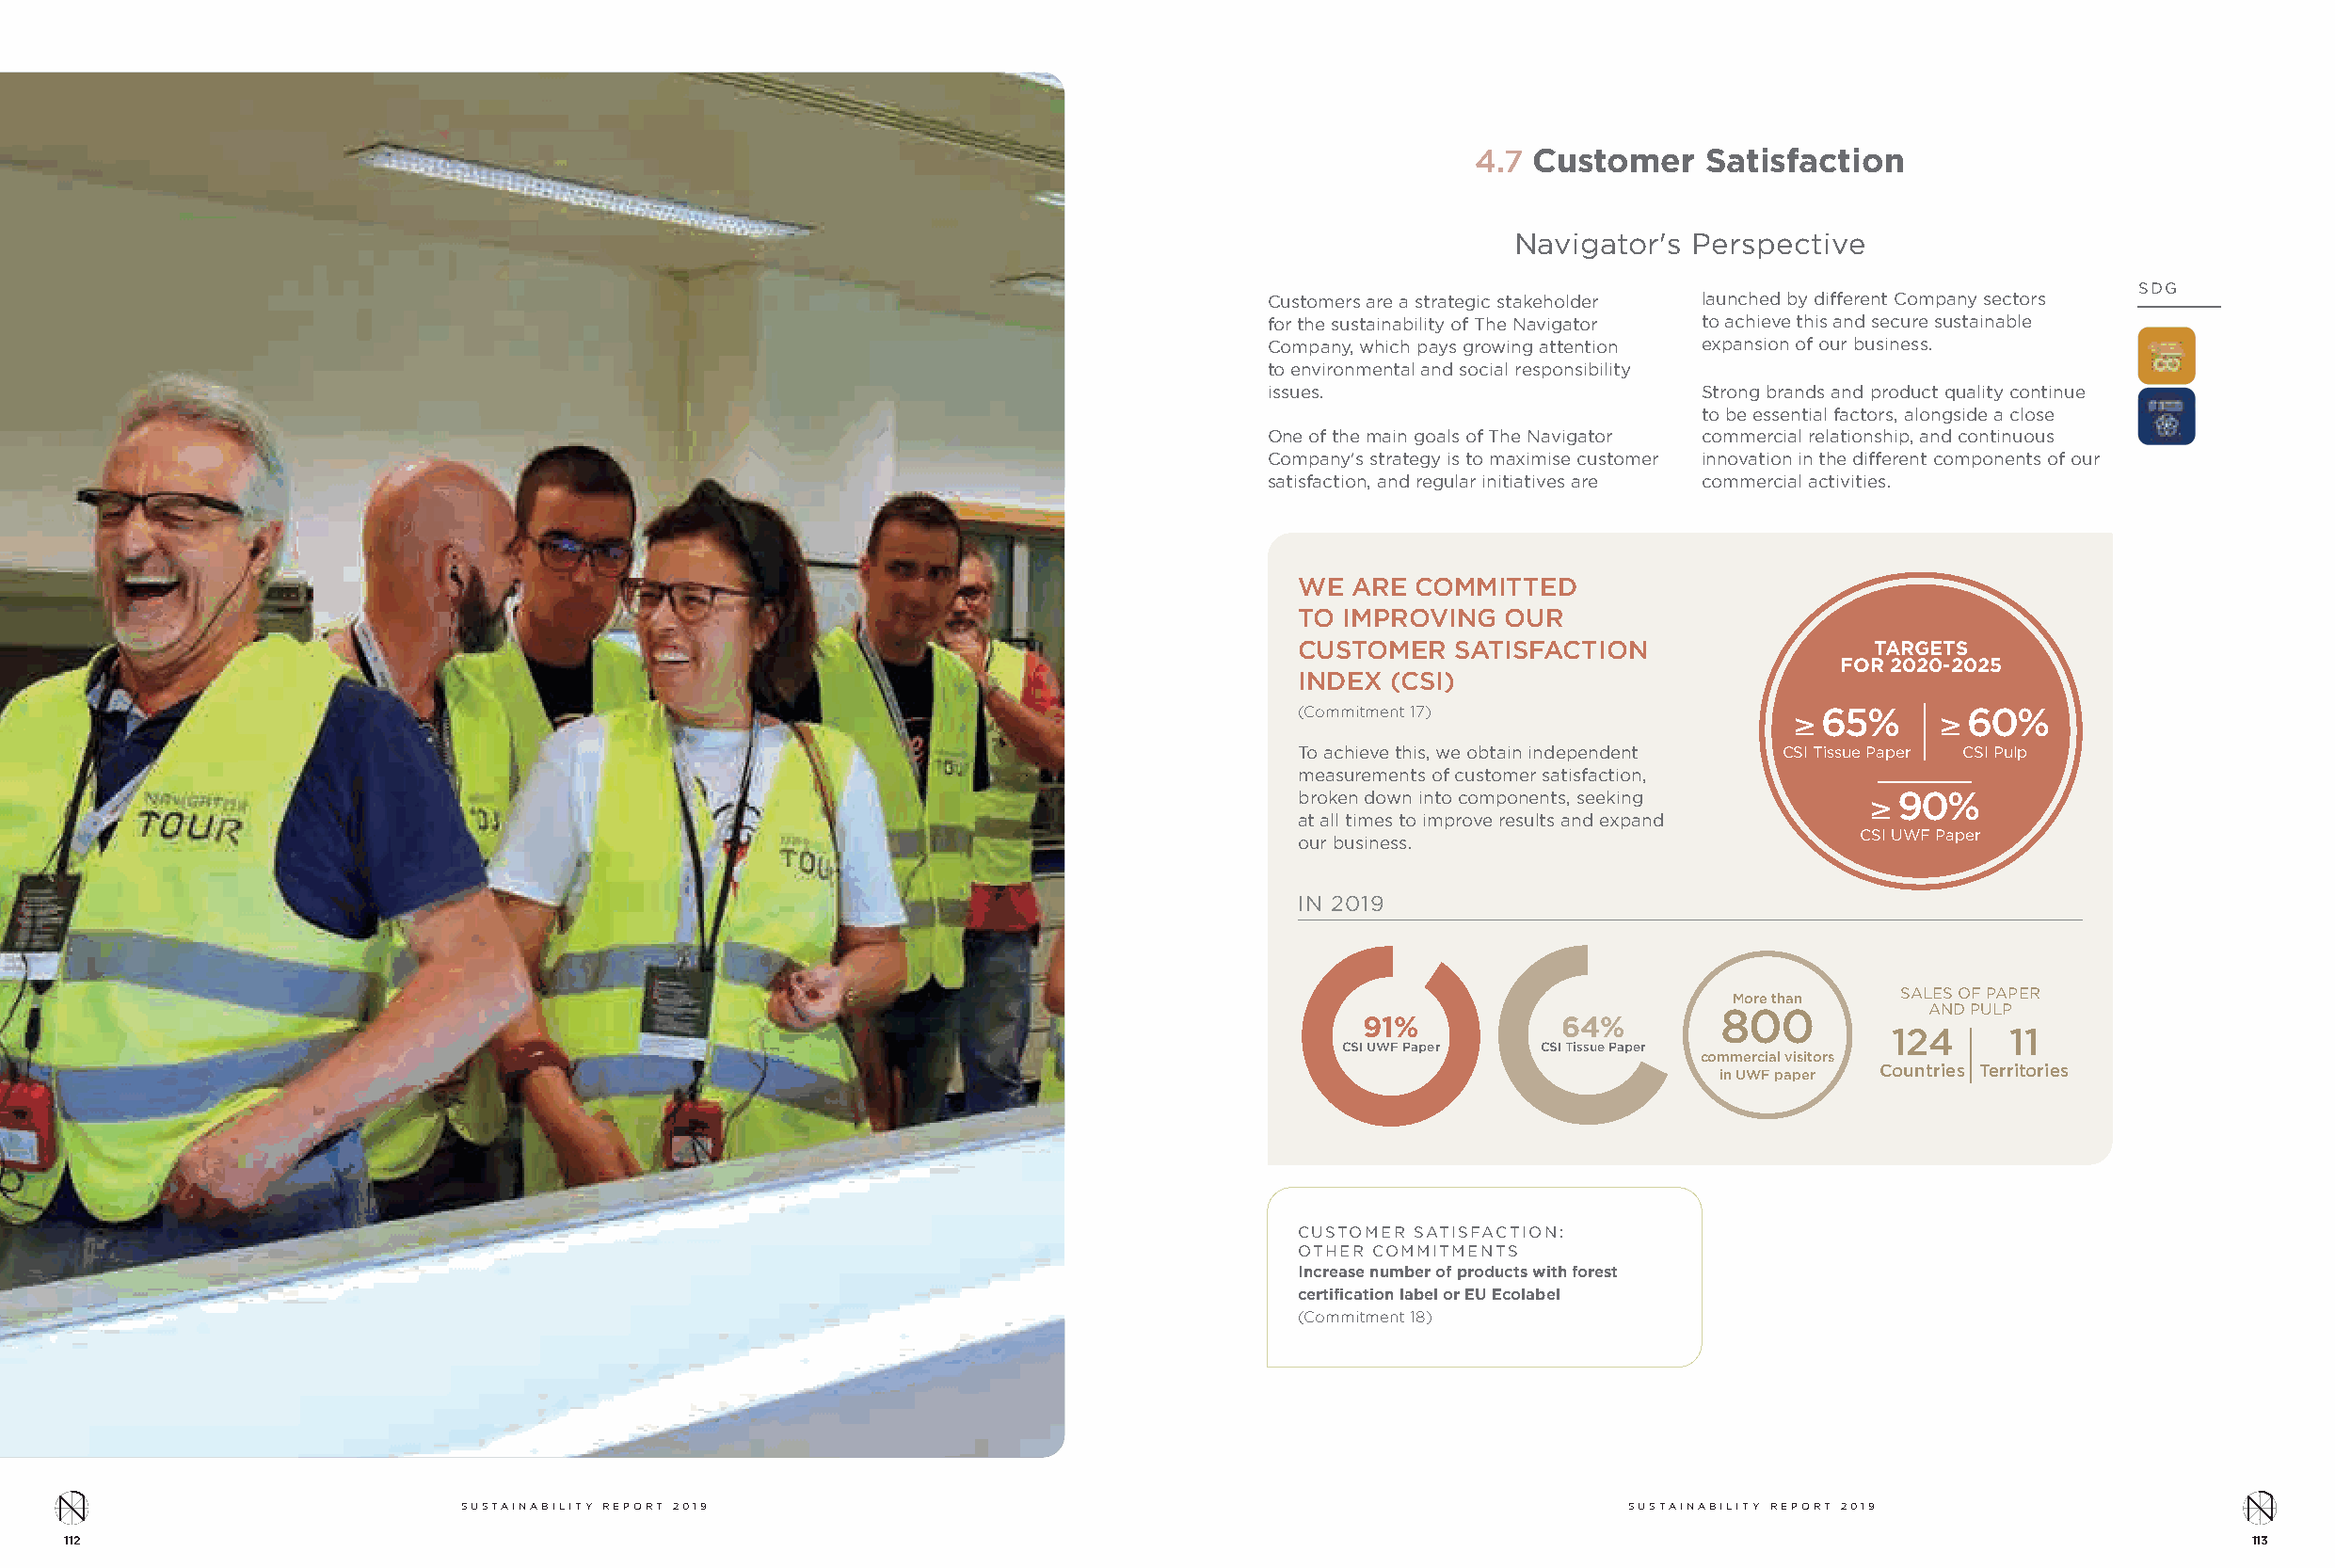
4.7 Customer    Satisfaction
 Navigator's Perspective
 SDG
 Customers are a strategic stakeholder launched by different Company sectors
 for the sustainability of The Navigator to achieve this and secure sustainable
 Company, which pays growing attention expansion of our business.
 to environmental and social responsibility
 issues.                        Strong brands and product quality continue
 to be essential factors, alongside a close
 One of the main goals of The Navigator commercial relationship, and continuous
 Company's strategy is to maximise customer innovation in the different components of our
 satisfaction, and regular initiatives are commercial activities.
 WE  ARE COMMITTED
 TO IMPROVING   OUR
 CUSTOMER   SATISFACTION                  TARGETS
 FOR 2020-2025
 INDEX  (CSI)
 (Commitment 17)                    ≥ 65%     ≥ 60%
 To achieve this, we obtain independent CSI Tissue Paper CSI Pulp
 measurements of customer satisfaction,
 broken down into components, seeking    ≥ 90%
 at all times to improve results and expand
 CSI UWF Paper
 our business.
 IN 2019
 SALES OF PAPER
 More than
 800            AND PULP
 91%           64%
 124     11
 CSI UWF Paper CSI Tissue Paper
 commercial visitors
 Countries Territories
 in UWF paper
 CUSTOMER SATISFACTION:
 OTHER COMMITMENTS
 Increase number of products with forest
 certification label or EU Ecolabel
 (Commitment 18)
 SUSTAINABILITY REPORT 2019                                                         SUSTAINABILITY REPORT 2019
 112                                                                                                                                                       113